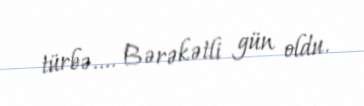
türbə.... Bərəkətli gün oldu.